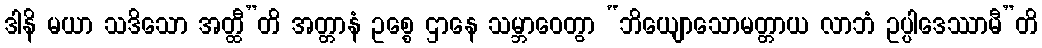
ဒါနိ မယာ သဒိသော အတ္ထီ”တိ အတ္တာနံ ဥစ္စေ ဌာနေ သမ္ဘာဝေတွာ “ဘိယျောသောမတ္တာယ လာဘံ ဥပ္ပါဒေဿာမီ”တိ